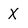
Character: X